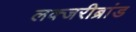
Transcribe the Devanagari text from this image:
लक्जरीब्रांड